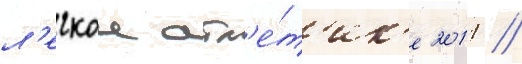
л'егкои атл'е́т'ик'е 2011 //